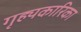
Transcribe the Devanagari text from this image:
गृह्यकारिका